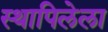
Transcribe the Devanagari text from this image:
स्थापिलेला